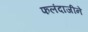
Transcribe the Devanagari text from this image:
फलंदाजीने